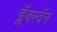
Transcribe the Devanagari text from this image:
ब्लॅक्स्वॅन